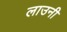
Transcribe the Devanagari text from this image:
लाउनी